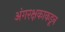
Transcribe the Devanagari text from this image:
अंगरक्षकाकडून